Vaccination in Bombay 1869-1873 - 1869-1873
Year: 1869
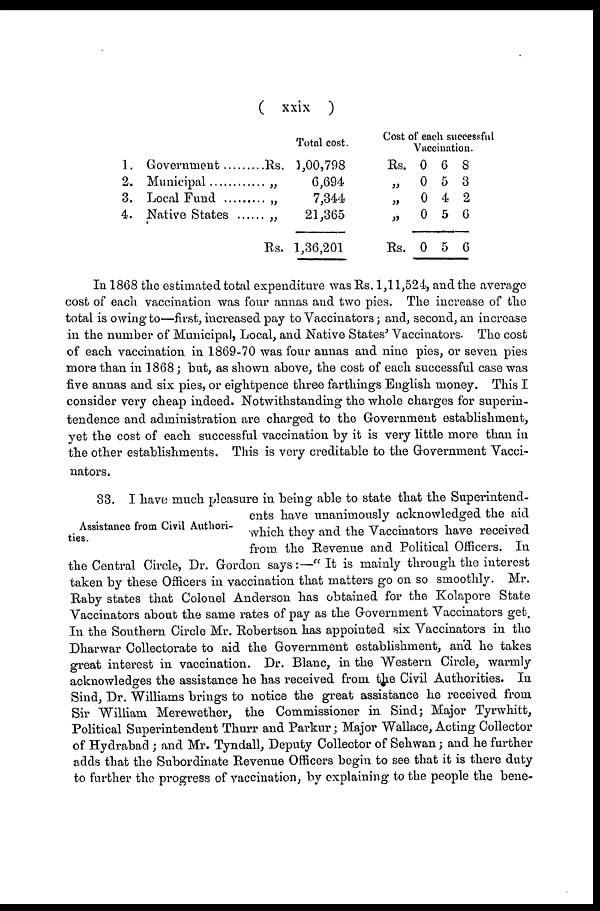
( xxix )
1.
2.
3.
4.
Government ...........
Municipal ...............
Local Fund ..........
Native States .......
Total cost.
Rs. 1,00,798
„ 6,694
„ 7,344
„ 21,365
Rs. 1,36,201
Cost of each successful
Vaccination.
Rs.
„
„
„
Rs.
0
0
0
0
0
6
5
4
5
5
8
3
2
6
6
In 1868 the estimated total expenditure was Rs. 1,11,524, and the average
cost of each vaccination was four annas and two pies. The increase of the
total is owing to—first, increased pay to Vaccinators; and, second, an increase
in the number of Municipal, Local, and Native States' Vaccinators. The cost
of each vaccination in 1869-70 was four annas and nine pies, or seven pies
more than in 1868; but, as shown above, the cost of each successful case was
five annas and six pies, or eightpence three farthings English money. This I
consider very cheap indeed. Notwithstanding the whole charges for superin-
tendence and administration are charged to the Government establishment,
yet the cost of each successful vaccination by it is very little more than in
the other establishments. This is very creditable to the Government Vacci-
nators.
Assistance from Civil Authori-
ties.
33. I have much pleasure in being able to state that the Superintend-
ents have unanimously acknowledged the aid
which they and the Vaccinators have received
from the Revenue and Political Officers. In
the Central Circle, Dr. Gordon says:—" It is mainly through the interest
taken by these Officers in vaccination that matters go on so smoothly. Mr.
Raby states that Colonel Anderson has obtained for the Kolapore State
Vaccinators about the same rates of pay as the Government Vaccinators get.
In the Southern Circle Mr. Robertson has appointed six Vaccinators in the
Dharwar Collectorate to aid the Government establishment, and he takes
great interest in vaccination. Dr. Blanc, in the Western Circle, warmly
acknowledges the assistance he has received from the Civil Authorities. In
Sind, Dr. Williams brings to notice the great assistance he received from
Sir William Merewether, the Commissioner in Sind; Major Tyrwhitt,
Political Superintendent Thurr and Parkur ; Major Wallace, Acting Collector
of Hydrabad ; and Mr. Tyndall, Deputy Collector of Sehwan; and he further
adds that the Subordinate Revenue Officers begin to see that it is there duty
to further the progress of vaccination, by explaining to the people the bene-